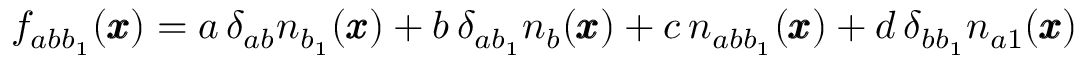
f _ { a b b _ { 1 } } ( { \pmb x } ) = a \, \delta _ { a b } n _ { b _ { 1 } } ( { \pmb x } ) + b \, \delta _ { a b _ { 1 } } n _ { b } ( { \pmb x } ) + c \, n _ { a b b _ { 1 } } ( { \pmb x } ) + d \, \delta _ { b b _ { 1 } } n _ { a 1 } ( { \pmb x } )